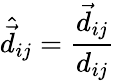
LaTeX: \hat{\vec{d}}_{ij}=\frac{\vec{d}_{ij}}{d_{ij}}